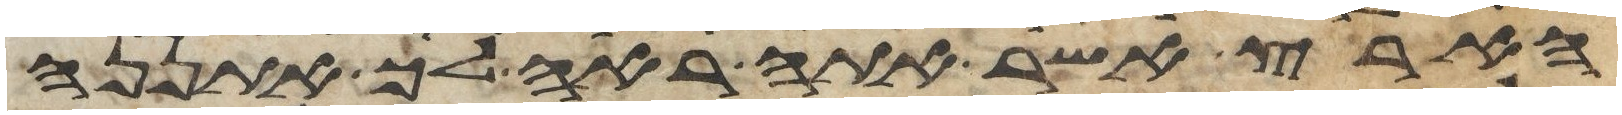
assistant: הארץ אשר אתה ראה לך אתננה